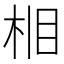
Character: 𪲈